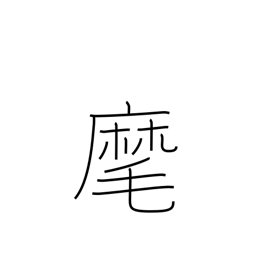
Meaning: beckon to